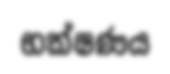
භක්ෂණය